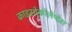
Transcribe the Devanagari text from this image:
क्राइसोकोलेप्टेस